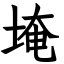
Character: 埯